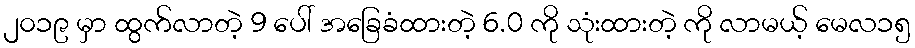
၂၀၁၉ မှာ ထွက်လာတဲ့ 9 ပေါ် အခြေခံထားတဲ့ 6.0 ကို သုံးထားတဲ့ ကို လာမယ့် မေလ၁၅